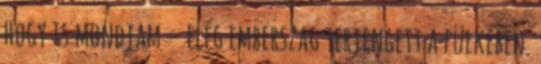
hogy is mondjam – elég emberszag terjengett a fülkében.